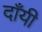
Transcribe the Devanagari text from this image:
दाँयी